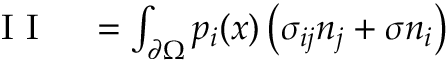
\begin{array} { r l } { \mathrm { ~ I ~ I ~ } } & { { } = \int _ { \partial \Omega } p _ { i } ( x ) \left( \sigma _ { i j } n _ { j } + \sigma n _ { i } \right) } \end{array}